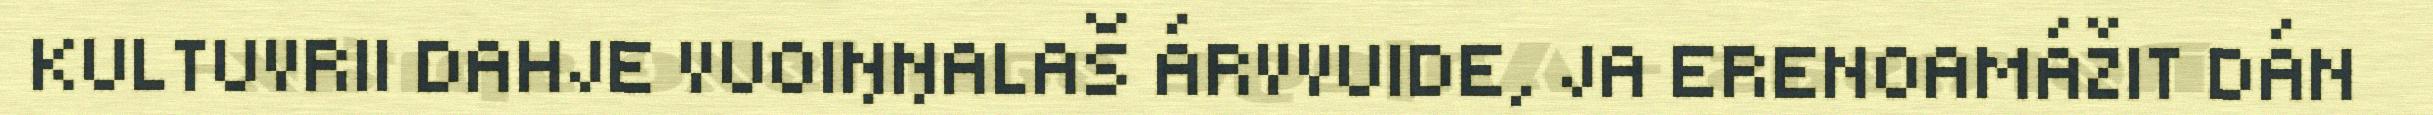
KULTUVRII DAHJE VUOIŊŊALAŠ ÁRVVUIDE, JA ERENOAMÁŽIT DÁN